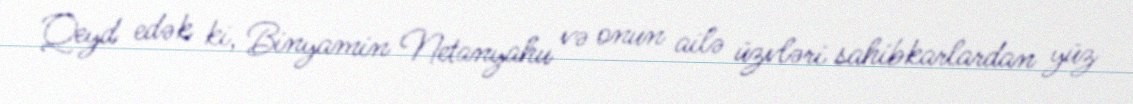
Qeyd edək ki, Binyamin Netanyahu və onun ailə üzvləri sahibkarlardan yüz